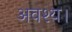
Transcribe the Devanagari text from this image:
अवश्य।